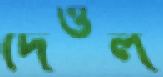
দেওল